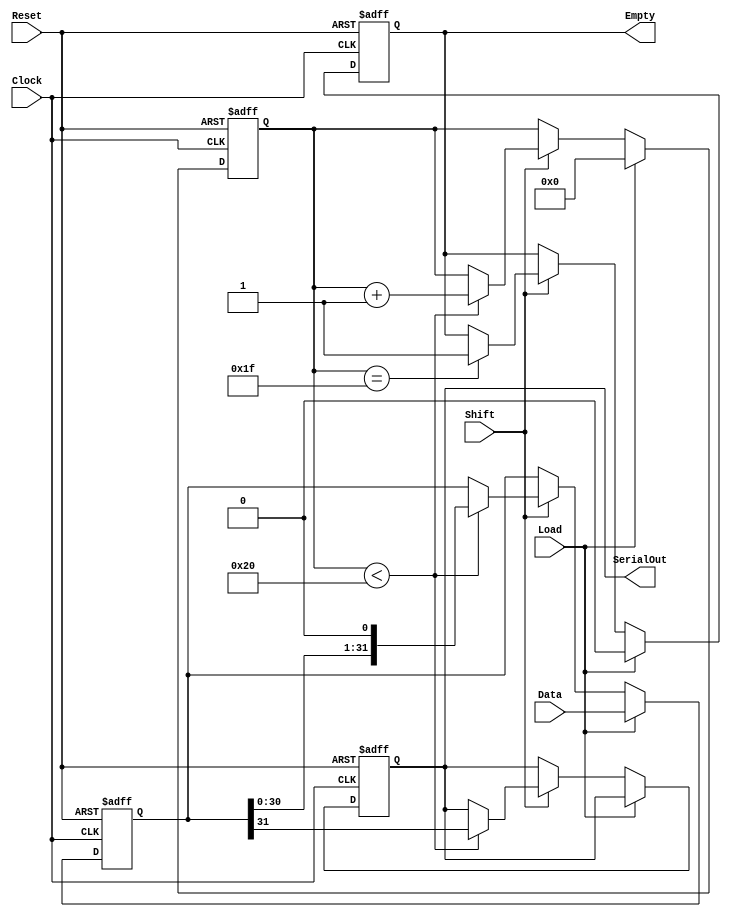
module PISO_Register (
    input wire [31:0] Data,      // 32-bit parallel input data bus
    input wire Load,             // Control signal to load data
    input wire Shift,            // Control signal to shift data
    input wire Clock,            // Clock signal
    input wire Reset,            // Asynchronous reset signal
    output reg SerialOut,        // Serial output
    output reg Empty             // Output indicating if the register is empty
);

    reg [31:0] shift_reg;        // 32-bit shift register
    reg [5:0] counter;           // 6-bit counter for the number of bits shifted out

    always @(posedge Clock or posedge Reset) begin
        if (Reset) begin
            // Asynchronous reset
            shift_reg <= 32'b0;
            counter <= 6'b0;
            SerialOut <= 1'b0;
            Empty <= 1'b1;       // Initially, the register is empty
        end else begin
            if (Load) begin
                // Load operation
                shift_reg <= Data; // Load data into shift register
                counter <= 6'b0;   // Reset counter
                Empty <= 1'b0;     // Register is not empty after loading
            end else if (Shift) begin
                // Shift operation
                if (counter < 32) begin
                    SerialOut <= shift_reg[31]; // Shift out MSB
                    shift_reg <= {shift_reg[30:0], 1'b0}; // Shift left and fill LSB with 0
                    counter <= counter + 1; // Increment counter
                end
                if (counter == 31) begin
                    Empty <= 1'b1; // Register is empty after all bits have been shifted out
                end
            end
        end
    end

endmodule